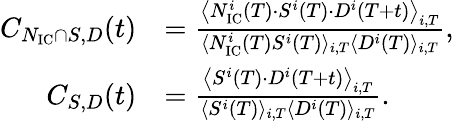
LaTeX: \begin{array}{rl}{C_{N_{\textrm{IC}}\cap S,D}(t)}&{=\frac{\big\langle N_{\textrm{IC}}^{i}(T)\cdot S^{i}(T)\cdot D^{i}(T+t)\big\rangle_{i,T}}{{\langle N_{\textrm{IC}}^{i}(T)S^{i}(T)\rangle_{i,T}\langle D^{i}(T)\rangle_{i,T}}},}\\ {C_{S,D}(t)}&{=\frac{\big\langle S^{i}(T)\cdot D^{i}(T+t)\big\rangle_{i,T}}{\langle S^{i}(T)\rangle_{i,T}\langle D^{i}(T)\rangle_{i,T}}.}\end{array}